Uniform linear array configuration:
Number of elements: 48
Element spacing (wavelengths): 0.75
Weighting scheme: blackman
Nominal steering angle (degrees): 30
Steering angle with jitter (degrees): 29.947
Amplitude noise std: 0.05
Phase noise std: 0.05

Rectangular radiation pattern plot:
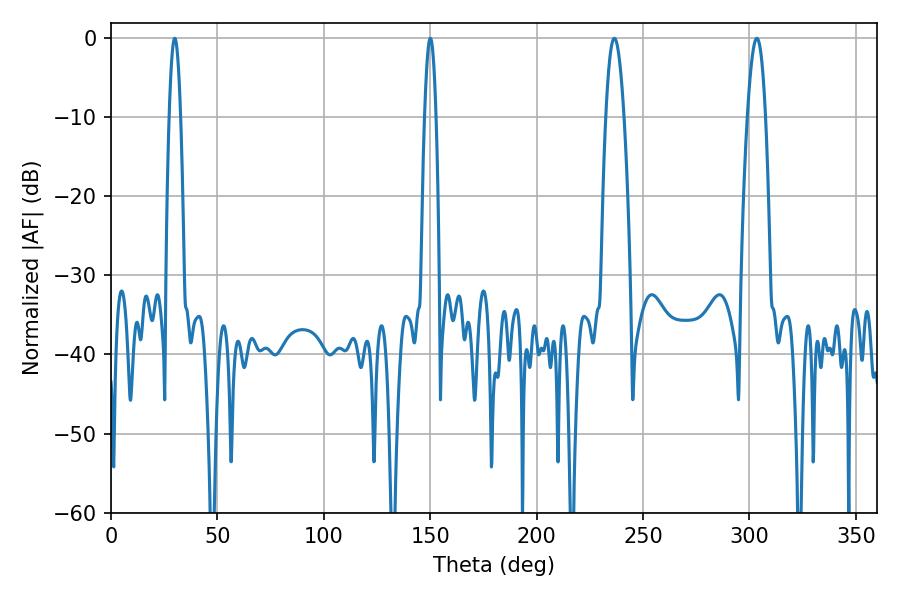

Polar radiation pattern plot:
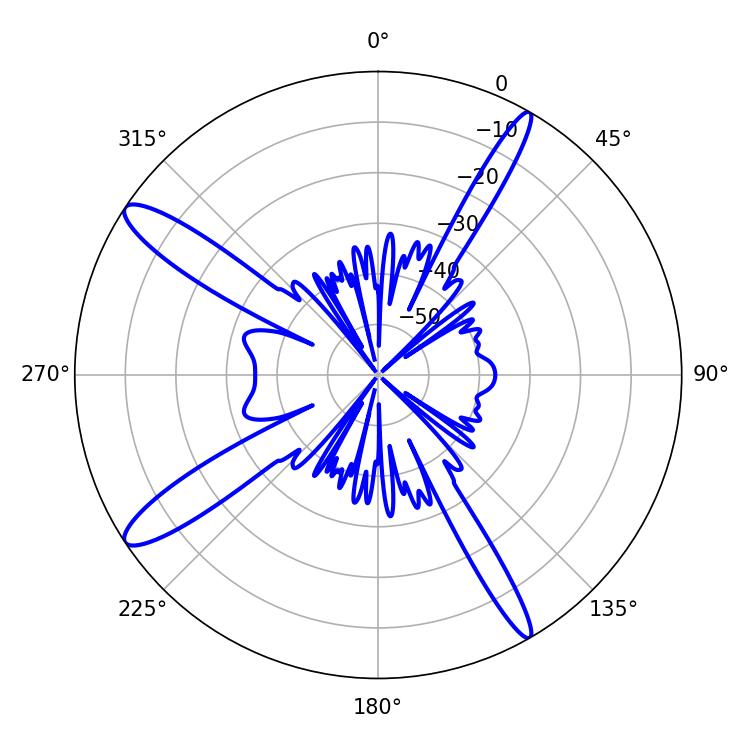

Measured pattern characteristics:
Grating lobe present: TRUE
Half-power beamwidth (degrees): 4.68
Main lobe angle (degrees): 236.52